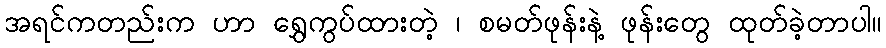
အရင်ကတည်းက ဟာ ရွှေကွပ်ထားတဲ့ ၊ စမတ်ဖုန်းနဲ့ ဖုန်းတွေ ထုတ်ခဲ့တာပါ။